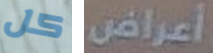
كل أعراض